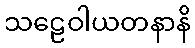
သဠေဝါယတနာနိ